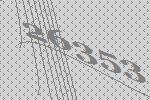
26353